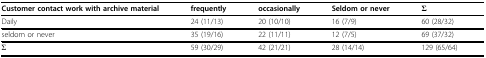
| Customer contact work with archive material | frequently | occasionally | Seldom or never | Σ |
 | --- | --- | --- | --- | --- |
 | Daily | 24 (11/13) | 20 (10/10) | 16 (7/9) | 60 (28/32) |
 | seldom or never | 35 (19/16) | 22 (11/11) | 12 (7/5) | 69 (37/32) |
 | Σ | 59 (30/29) | 42 (21/21) | 28 (14/14) | 129 (65/64) |